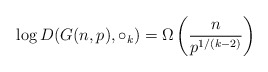
\begin{align*} \log D(G(n, p), \circ_{k}) = \Omega\left(\frac{n}{p^{1/(k-2)}}\right)\end{align*}